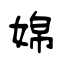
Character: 婂